Veterinary [1909] -
Year: 1909
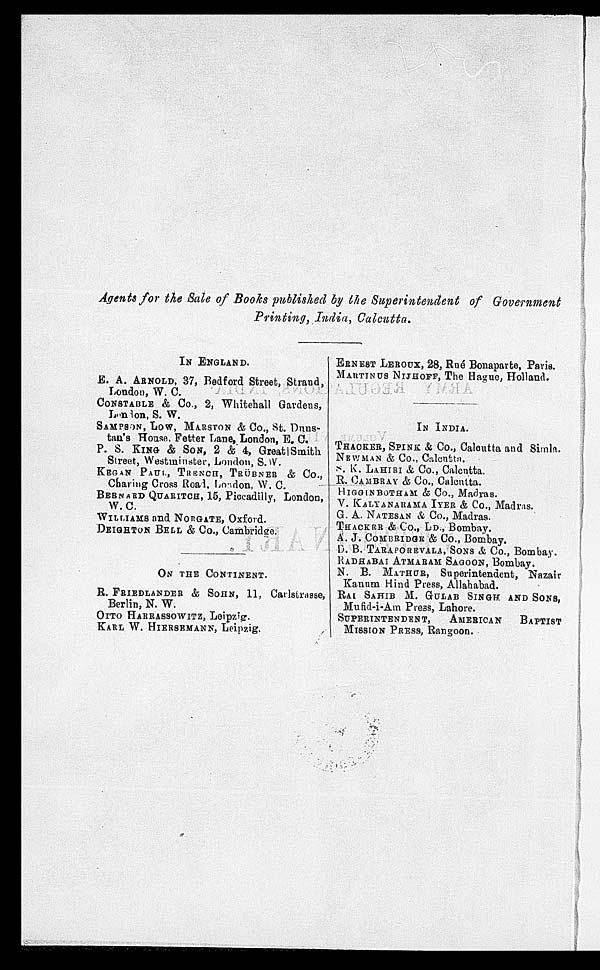
Agents for the Sale of Books published by the Superintendent of Government
Printing, India, Calcutta.
IN ENGLAND.
E. A. ARNOLD, 37, Bedford Street, Strand,
London, W. C.
CONSTABLE & Co., 2, Whitehall Gardens,
London, S. W.
SAMPSON, LOW, MARTSON & Co., St. Duns-
tan's House. Fetter Lane, London, E. C.
P. S. KING & SON, 2 & 4, Great Smith
Street, Westminster, London, S. W.
KEGAN PAUL, TRENCH, TRÜBNER & Co.,
Charing Cross Road, London, W. C.
BERNARD QUARITCH, 15, Piccadilly, London,
W. C.
WILLIAMS and NORGATE, Oxford.
DEIGHTON BELL & Co., Cambridge.
ON THE CONTINENT.
R. FRIEDLANDER & SOHN, 11, Carlstrasse,
Berlin, N. W.
OTTO HARRASSOWITZ, Leipzig.
KARL W. HIERSEMANN, Leipzig.
ERNEST LEROUX, 28, Rné Bonaparte, Paris.
MARTINUS NIJHOFF, The Hague, Holland.
IN INDIA.
THACKER, SPINK & Co., Calcutta and Simla.
NEWMAN & Co., Calcutta.
N. K. LAHIRI & Co., Calcutta.
R. CAMBRAY & Co., Calcutta.
HIGGINBOTHAM & Co., Madras.
V. KALYANARAMA IYER & Co., Madras.
G. A. NATESAN & Co., Madras.
THACKER & Co., LD., Bombay.
A. J. COMBRIDGE & Co., Bombay.
D. B. TARAPOREVALA, SONS & Co., Bombay.
RADHABAI ATMARAM SAGOON, Bombay.
N. B. MATHUR, Superintendent, Nazair
Kanum Hind Press, Allahabad.
RAI SAHIB M. GULAB SINGH AND SONS,
Mufid-i-Am Press, Lahore.
SUPERINTENDENT, AMERICAN BAPTIST
MISSION PRESS, Rangoon.